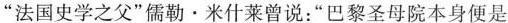
”法国史学之父”儒勒·米什莱曾说：”巴黎圣母院本身便是